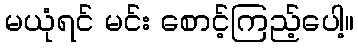
မယုံရင် မင်း စောင့်ကြည့်ပေါ့။